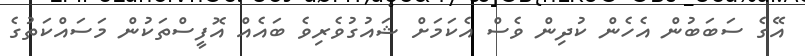
އޭގެ ސަބަބުން އެހެން ކުދިން ވެސް އެކަމަށް ޝައުގުވެރިވެ ބައެއް އޮފީސްތަކުން މަސައްކަތުގެ